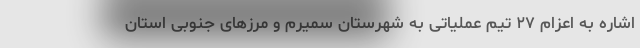
اشاره به اعزام ۲۷ تیم عملیاتی به شهرستان سمیرم و مرزهای جنوبی استان